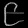
Digit: ၉